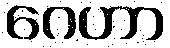
ဂေဟာ